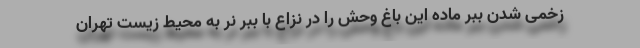
زخمی شدن ببر ماده این باغ وحش را در نزاع با ببر نر به محیط زیست تهران